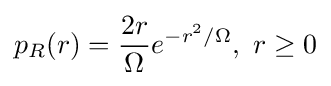
p_{R}(r)={\frac {2r}{\Omega }}e^{-r^{2}/\Omega },\ r\geq 0